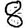
Digit: 8